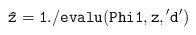
LaTeX: \begin{align*}{\tt \hat z = 1./evalu(Phi1,z,{'d'})}\end{align*}